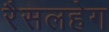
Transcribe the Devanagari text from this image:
रैसलहेग